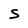
Character: S